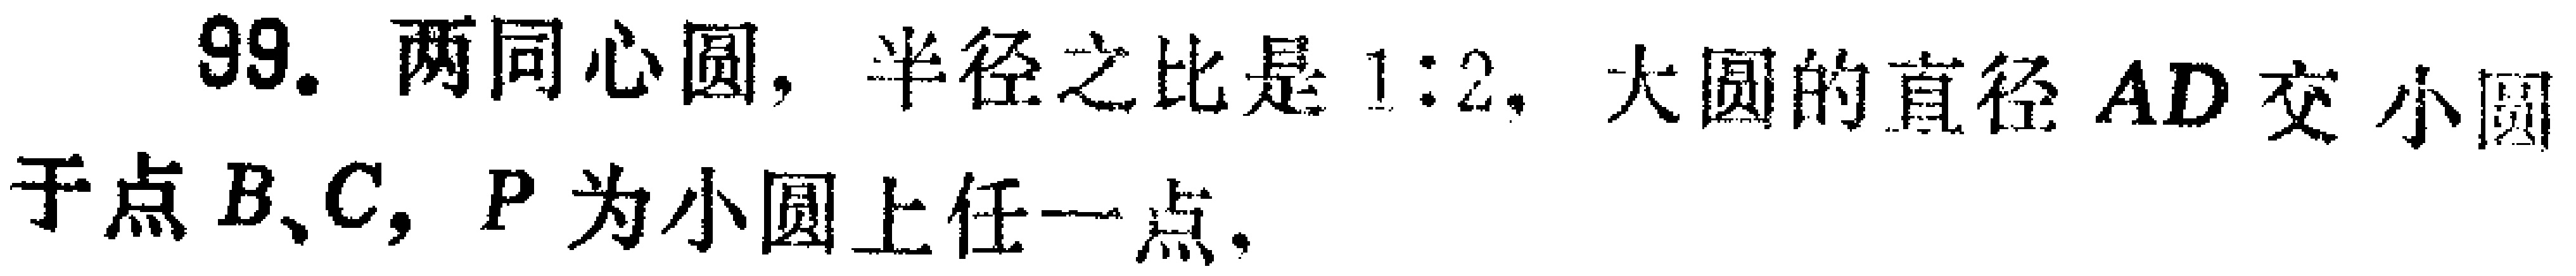
99. 两同心圆，半径之比是\(1:2\)，大圆的直径\(AD\)交小圆于点\(B、C\)，\(P\)为小圆上任一点.